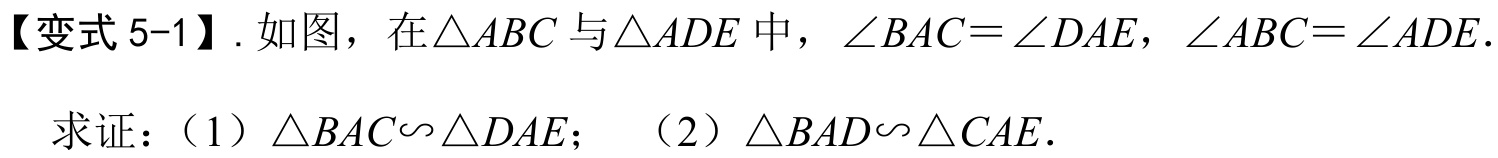
【变式 5-1】. 如图，在\(\triangle ABC\)与\(\triangle ADE\)中，\(\angle BAC = \angle DAE\)，\(\angle ABC = \angle ADE\).
求证：（1）\(\triangle BAC\sim\triangle DAE\)； （2）\(\triangle BAD\sim\triangle CAE\).